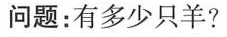
问题：有多少只羊?